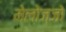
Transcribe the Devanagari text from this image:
मेलोज्जो